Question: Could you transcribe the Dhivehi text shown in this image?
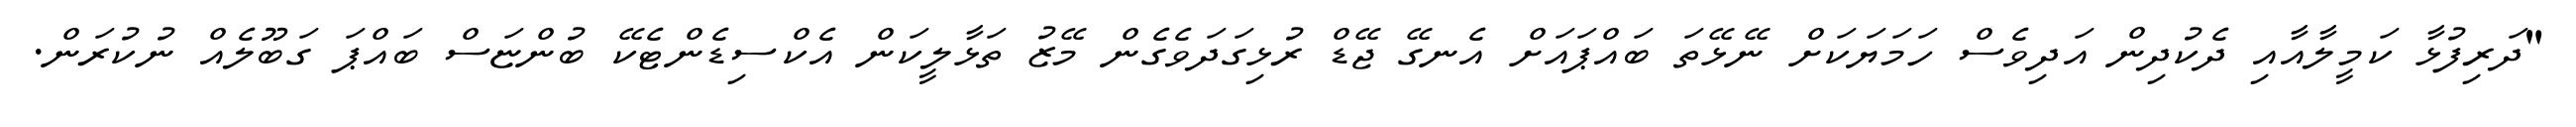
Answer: "ދަރިފުޅާ ކަމީލާއާއި ދެކުދިން އަދިވެސް ހަމަޔަކަށް ނޭޅޭތަ ބައްޕައަށް އެނގޭ ޖޭޑް ރުޅިގަދަވެގެން މޭޒު ތަޅާލީކަން އެކްސިޑެންޓެކޭ ބުންޏަސް ބައްޕަ ގަބޫލެއް ނުކުރަން.